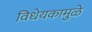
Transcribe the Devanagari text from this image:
विधेयकामुळे